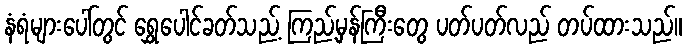
နံရံများပေါ်တွင် ရွှေပေါင်ခတ်သည့် ကြည့်မှန်ကြီးတွေ ပတ်ပတ်လည် တပ်ထားသည်။